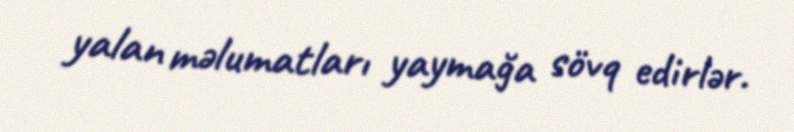
yalan məlumatları yaymağa sövq edirlər.